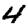
Digit: 4